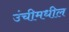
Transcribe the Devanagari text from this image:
उंचीमधील